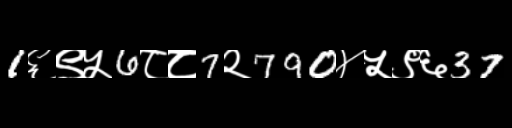
Text: 1६९५6८८7२790४५९६37